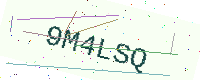
Text: 9M4LSQ